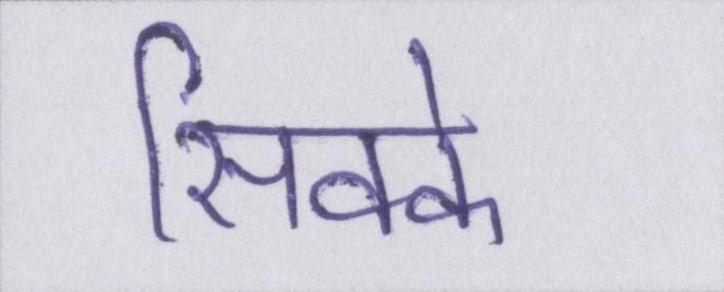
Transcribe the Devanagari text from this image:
सिक्के